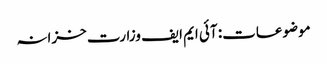
موضوعات: آئی ایم ایف وزارت خزانہ